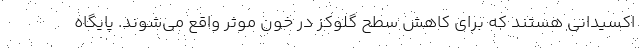
اکسیدانی هستند که برای کاهش سطح گلوکز در خون موثر واقع می‌شوند. پایگاه